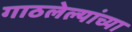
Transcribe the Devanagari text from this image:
गाठलेल्यांच्या